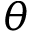
\theta